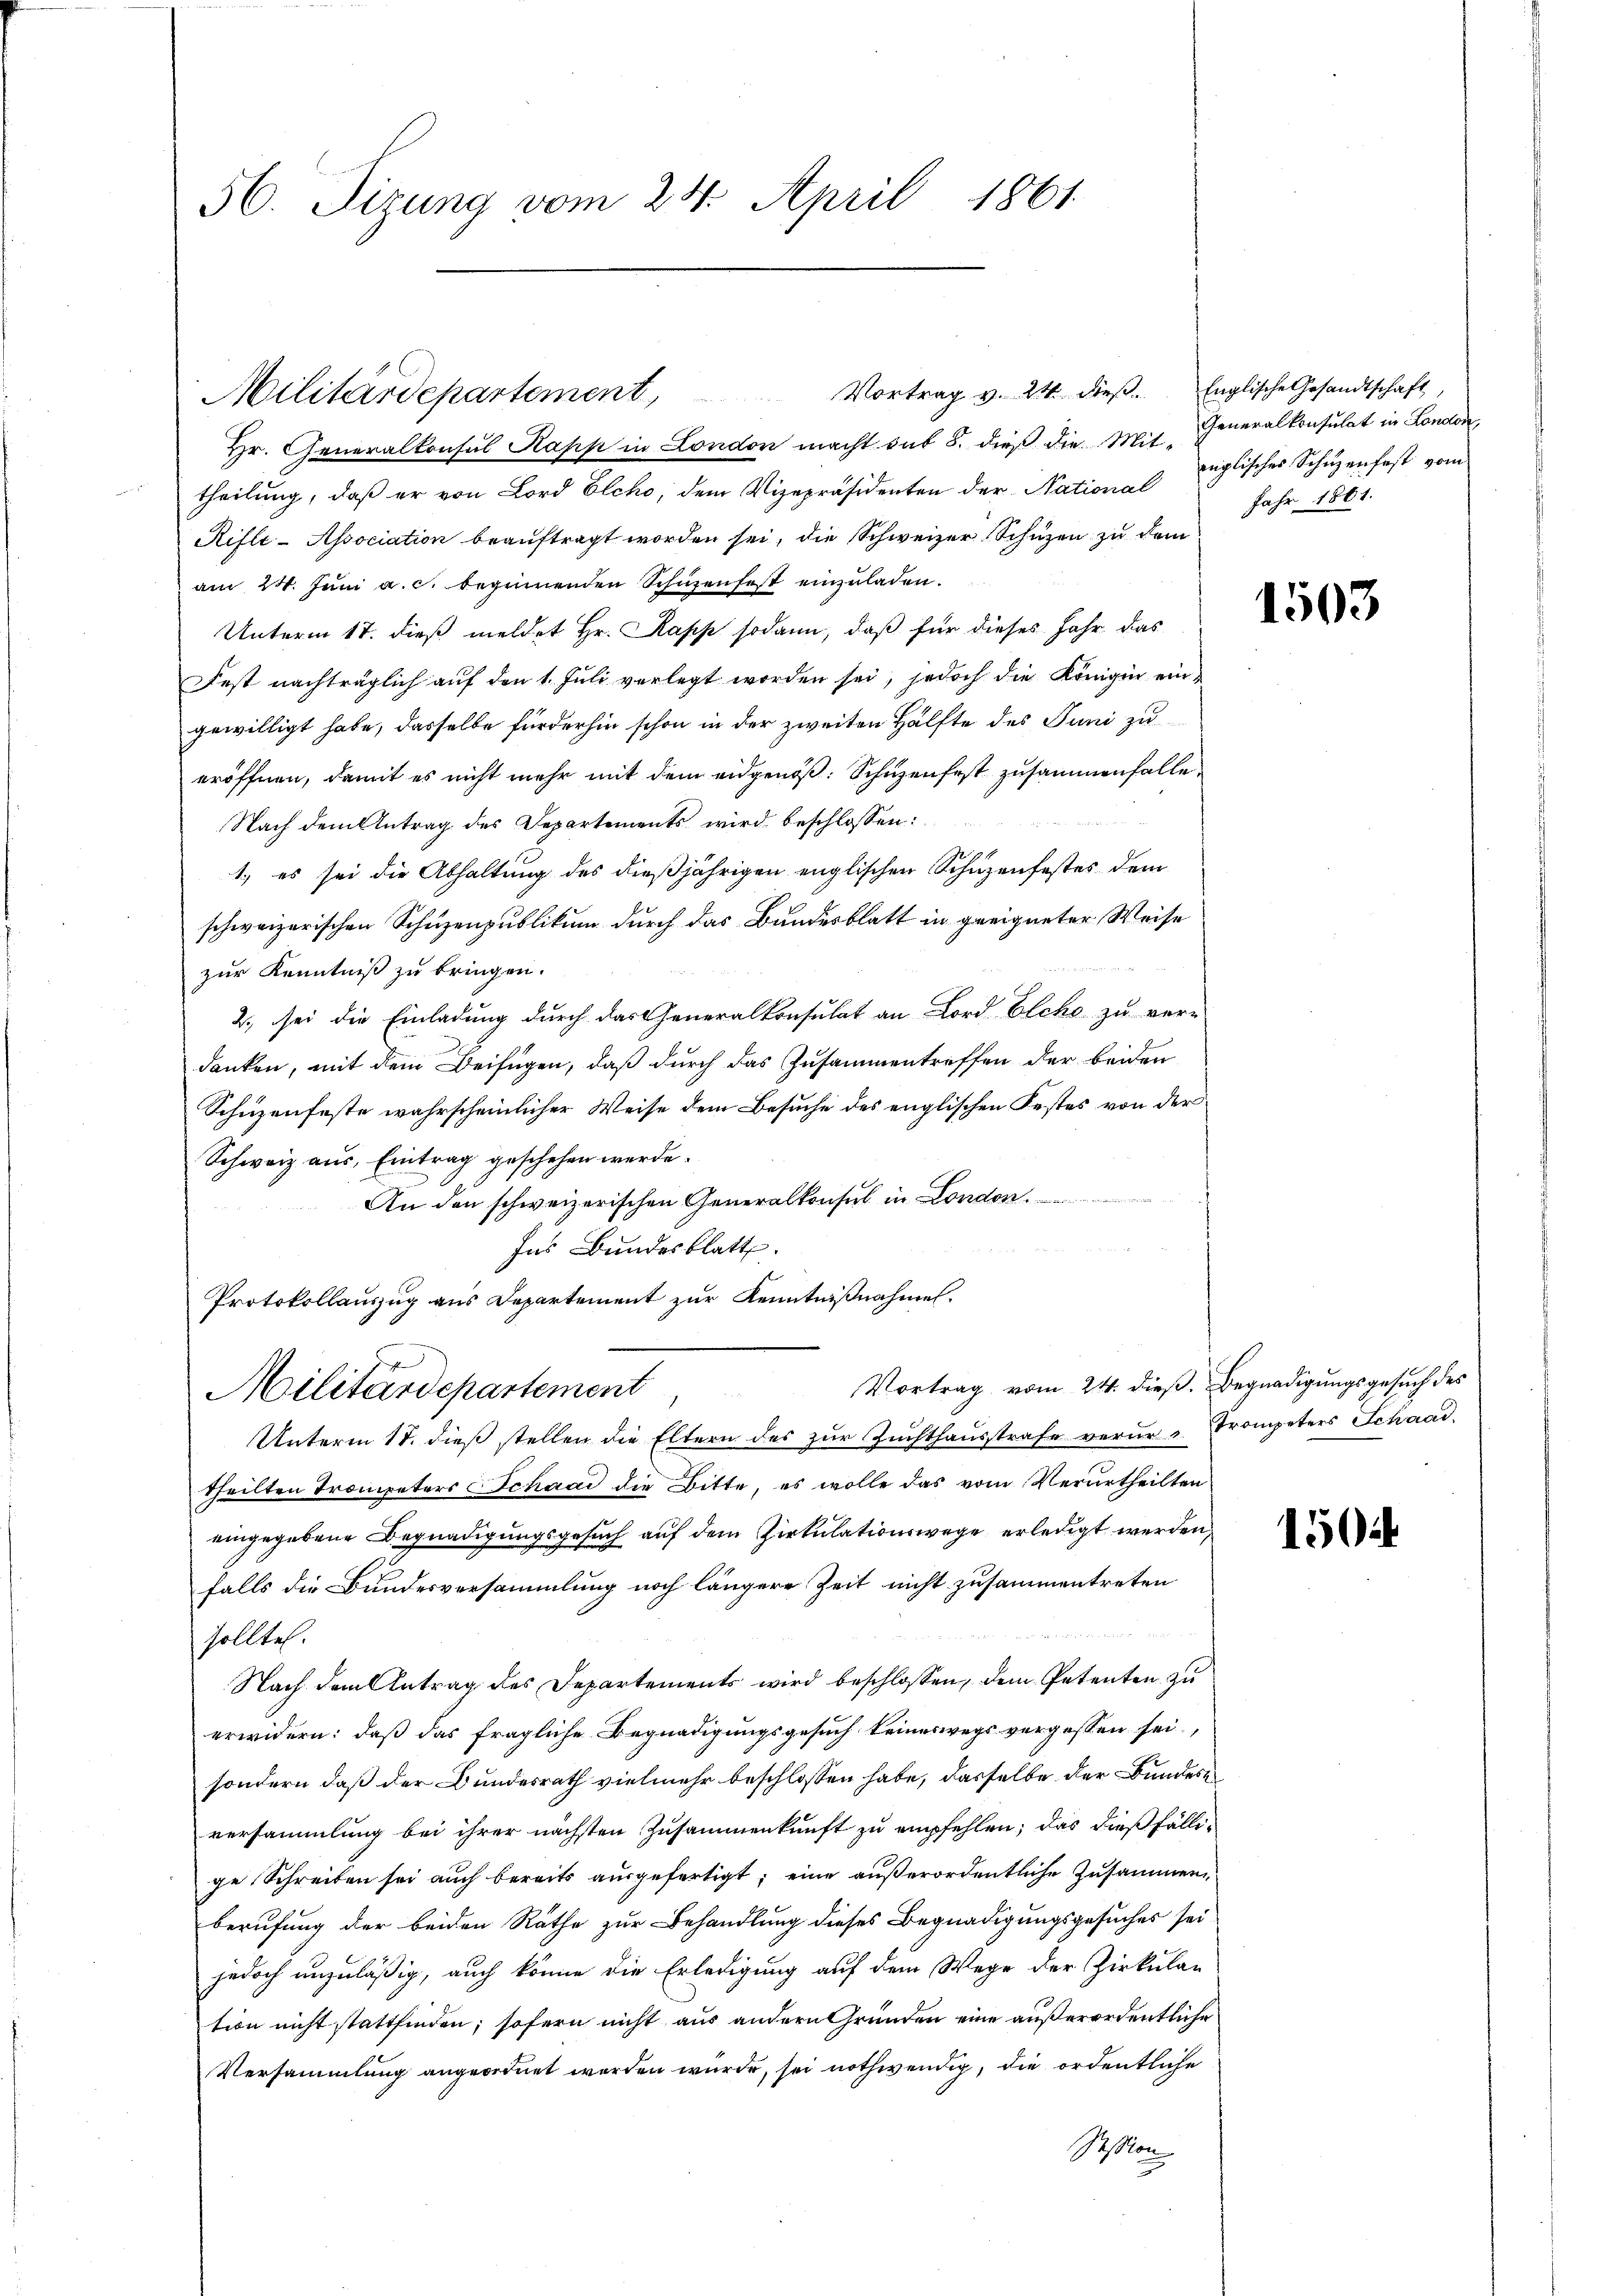
56. Sizung vom 24. April 1861.

Hr. Generalkonsul Papp in London macht sub 8. dieß die Mit- Generalkonsulat in London
theilung, daß er von Lord Elcho, dem Vizepräsidenten der National
Rifle-Association beauftragt worden sei, die Schweizer Schüzen zu dem
am 24. Jŭni a. c. beginnenden Schüzenfest einzŭladen.
Unterm 17. dieß meldet Hr. Kapp sodann, daß für dieses Jahr das
Fest nachträglich auf den 1. Juli verlegt worden sei, jedoch die Königin eingewilligt habe, dasselbe fürderhin schon in der zweiten Hälfte des Juni zu
eröffnen, damit es nicht mehr mit dem eidgenöß: Schüzenfest zusammenfalle
Nach dem Antrag des Departements wird beschlossen:
1.) es sei die Abhaltung des dießjährigen englischen Schüzenfestes dem
schweizerischen Schuzenpublikum durch das Bundesblatt in geeigneter Weise
zur Kenntniß zu bringen.
2., sei die Einladung durch das Generalkonsulat an Lord Elcho zu ver-
danken, mit dem Beifügen, daß durch das Zusammentreffen der beiden
Schüzenfeste wahrscheinlicher Weise dem Besuche des englischen Festes von der
Schweiz aus, Eintrag geschehen werde.
An den schweizerischen Generalkonsul in London.
Ins Bundesblatt.
Protokollauszug aus Departement zur Kenntnißnahmen.
Vortrag vom 24. dieß. Begnadigungsgesuch des
Militärdepartement
Unterm 17. dieß stellen die Eltern des zŭr Zŭchthaŭsstrafe verŭr-Trompeters Schaad-
theilten Trompeters Schaar die Bitte, es wolle das vom Verurtheilten
eingegebene Begnadigungsgesuch auf dem Zirkulationswege erledigt werden,
falls die Bundesversammlung noch längere Zeit nicht zusammentreten
sollte.
Nach dem Antrag des Departements wird beschlossen, dem Petenten zu
erwidern: daß das fragliche Begnadigungsgesuch keineswegs vergessen sei.
sondern daß der Bundesrath vielmehr beschlossen habe, dasselbe der Bundes
versammlung bei ihrer nächsten Zusammenkunft zu empfehlen; das dießfällige Schreiben sei auch bereits ausgefertigt; eine außerordentliche Zusammen
berufung der beiden Räthe zur Behandlung dieses Begnadigungsgesuches sei
jedoch unzuläßig, auch könne die Erledigung auf dem Wege der Zirkulan
tion nicht stattfinden, sofern nicht aus andern Gründen eine außerordentliche
Versammlung angeordnet worden wurde, sei nothwendig, die ordentliche
Geson

Militärdepartement,

Vortrag v. 24 dieß

Englische Gesandtschaft
inglisches Schuzenfest vom
Jahr 1861.

1503

1504